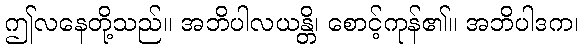
ဤလနေတို့သည်။ အဘိပါလယန္တိ၊ စောင့်ကုန်၏။ အဘိပါဒက၊